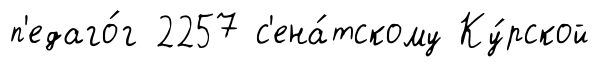
п'едаго́г 2257 с'ена́тскому Ку́рской